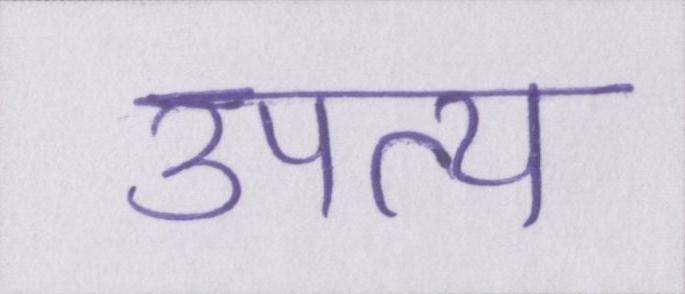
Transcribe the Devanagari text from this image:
उपत्य